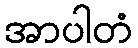
အာပါတံ